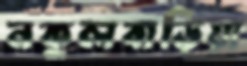
নকুলবাড়িয়া